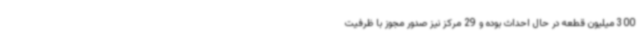
300 میلیون قطعه در حال احداث بوده و 29 مرکز نیز صدور مجوز با ظرفیت